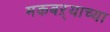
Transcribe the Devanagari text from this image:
मकबऱ्याच्या